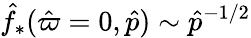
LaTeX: \hat{f}_{*}(\hat{\varpi}=0,\hat{p})\sim\hat{p}^{-1/2}